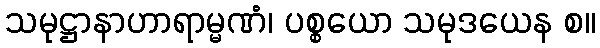
သမုဋ္ဌာနာဟာရာမ္မဏံ၊ ပစ္စယော သမုဒယေန စ။